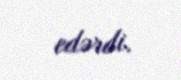
edərdi.